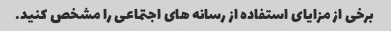
برخی از مزایای استفاده از رسانه های اجتماعی را مشخص کنید.